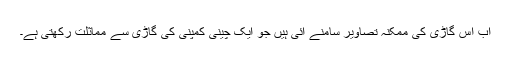
اب اس گاڑی کی ممکنہ تصاویر سامنے آئی ہیں جو ایک چینی کمپنی کی گاڑی سے مماثلت رکھتی ہے۔